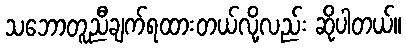
သဘောတူညီချက်ရထားတယ်လို့လည်း ဆိုပါတယ်။